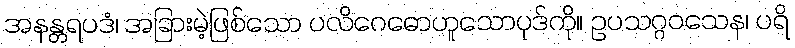
အနန္တရပဒံ၊ အခြားမဲ့ဖြစ်သော ပလိဂေဓောဟူသောပုဒ်ကို။ ဥပသဂ္ဂဝသေန၊ ပရိ